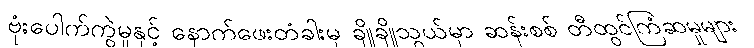
ဗုံးပေါက်ကွဲမှုနှင့် နောက်ဖေးတံခါးမှ ချိုချိုသွယ်မှာ ဆန်းစစ် တီထွင်ကြံဆမှုများ